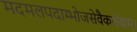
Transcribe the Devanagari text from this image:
मदमलपदाम्भोजसेवैकसेवाम्।